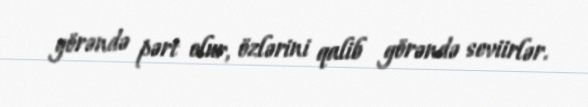
görəndə pərt olur, özlərini qalib görəndə seviirlər.